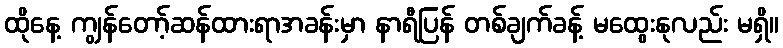
ထိုနေ့ ကျွန်တော့်ဆန်ထားရာအခန်းမှာ နာရီပြန် တစ်ချက်ခန့် မထွေးနုလည်း မရှိ။